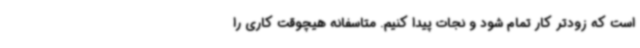
است که زودتر کار تمام شود و نجات پیدا کنیم. متاسفانه هیچوقت کاری را